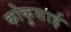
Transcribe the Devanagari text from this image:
कोकुसाई